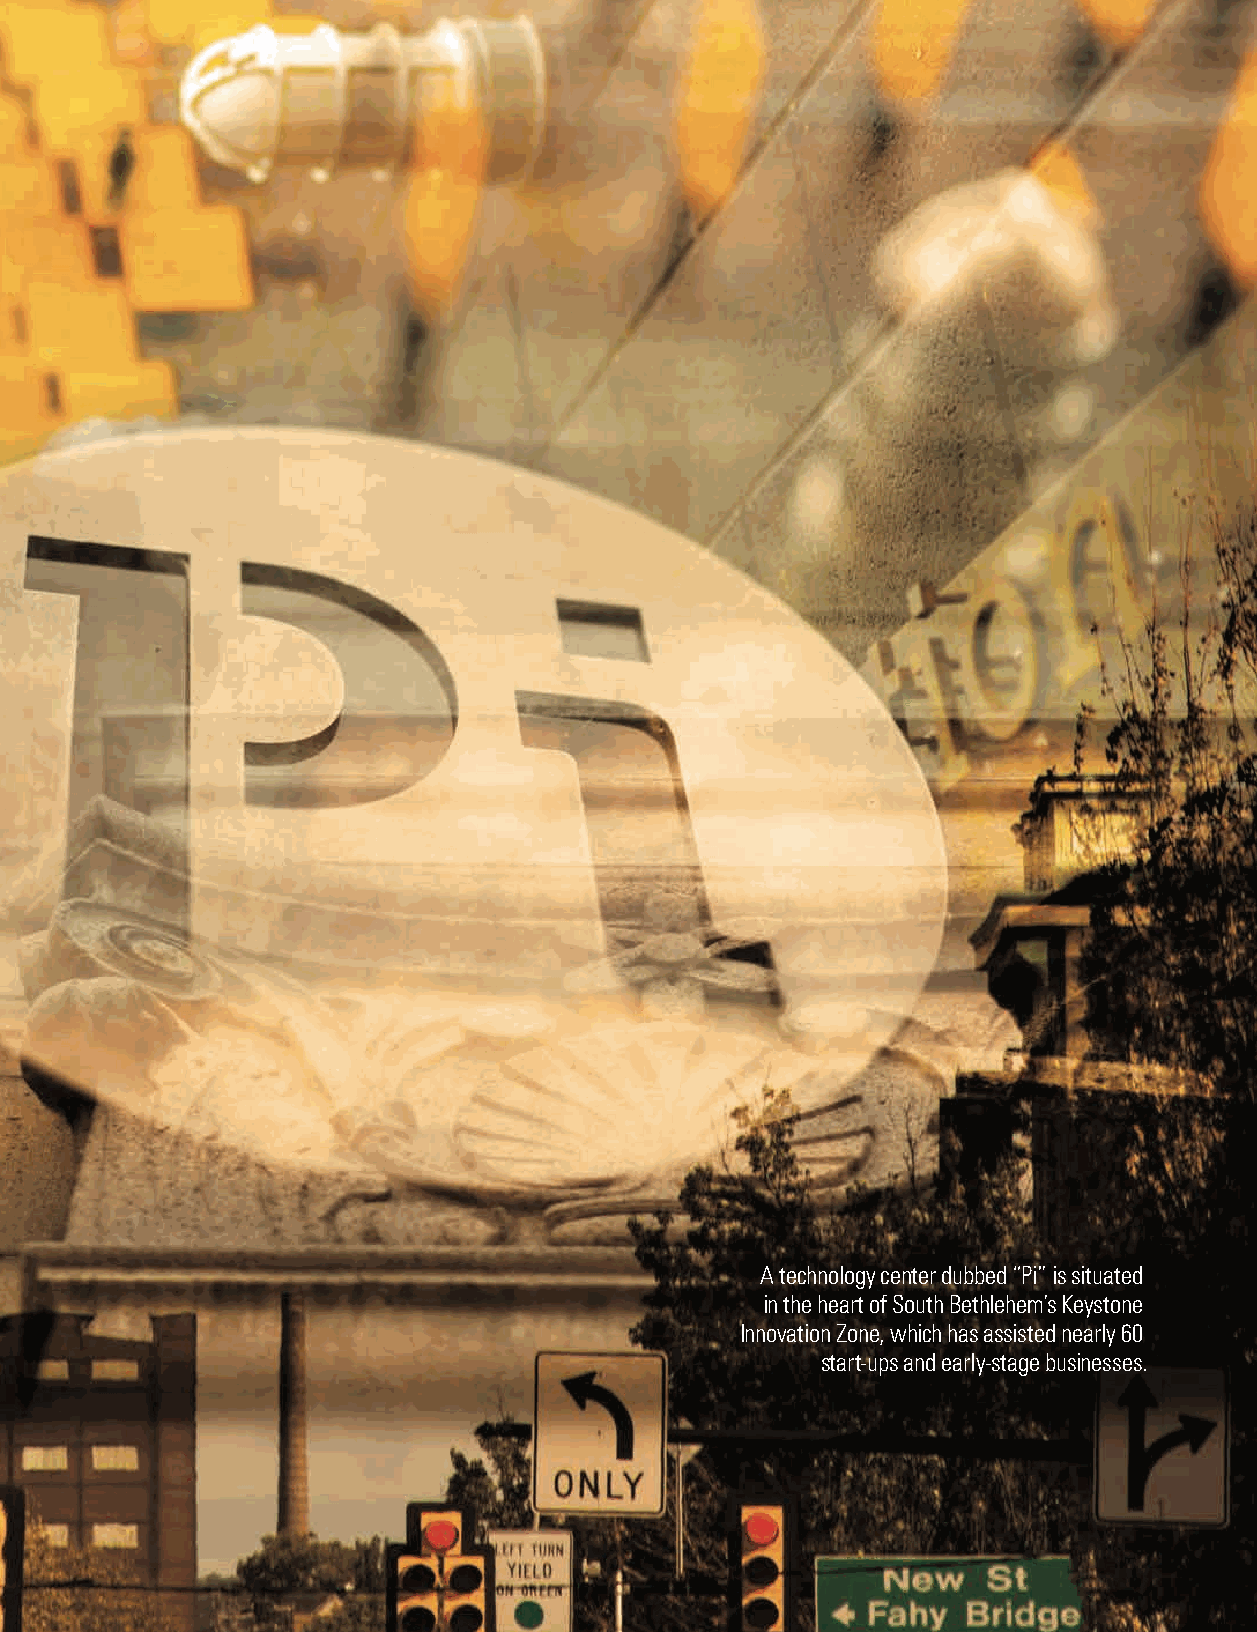
A technology center dubbed “Pi” is situated
 in the heart of South Bethlehem’s Keystone
 Innovation Zone, which has assisted nearly 60
 start-ups and early-stage businesses.